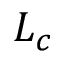
L _ { c }